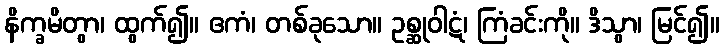
နိက္ခမိတွာ၊ ထွက်၍။ ဧကံ၊ တစ်ခုသော။ ဥစ္ဆုဝါဋံ၊ ကြံခင်းကို။ ဒိသွာ၊ မြင်၍။